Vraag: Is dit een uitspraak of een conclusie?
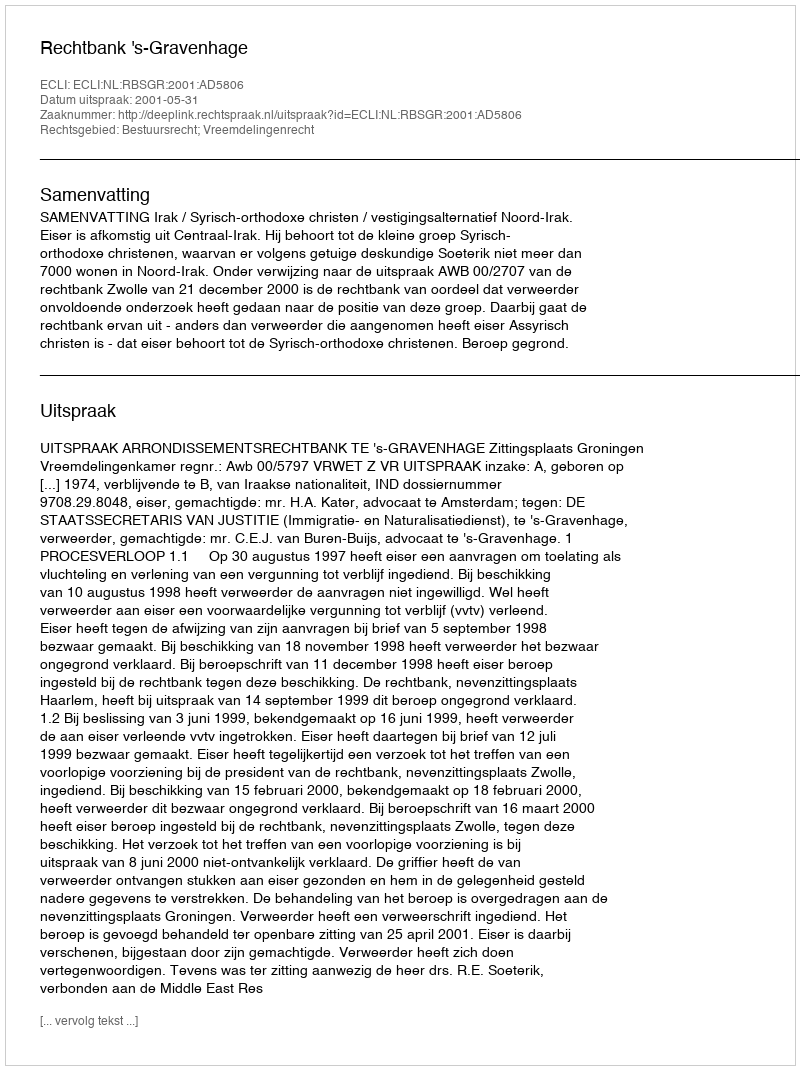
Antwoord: Uitspraak